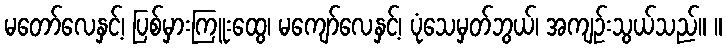
မတော်လေနှင့်၊ ပြစ်မှားကြူးထွေ၊ မကျော်လေနှင့်၊ ပုံသေမှတ်ဘွယ်၊ အကျဉ်းသွယ်သည်။ ။